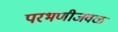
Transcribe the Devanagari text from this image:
परभणीजवळ